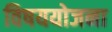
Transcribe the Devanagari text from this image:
विषययोजना